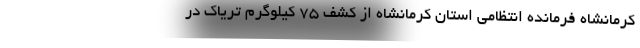
کرمانشاه فرمانده انتظامی استان کرمانشاه از کشف ۷۵ کیلوگرم تریاک در